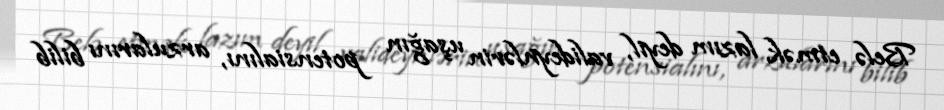
Belə etmək lazım deyil, valideynlərin uşağın potensialını, arzularını bilib